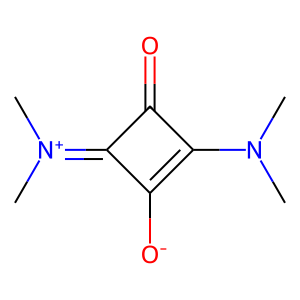
SMILES: CN(C)c1c([O-])c(=[N+](C)C)c1=O
Inhibits HIV replication: No